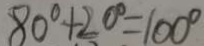
8 0 ^ { \circ } + 2 0 ^ { \circ } = 1 0 0 ^ { \circ }